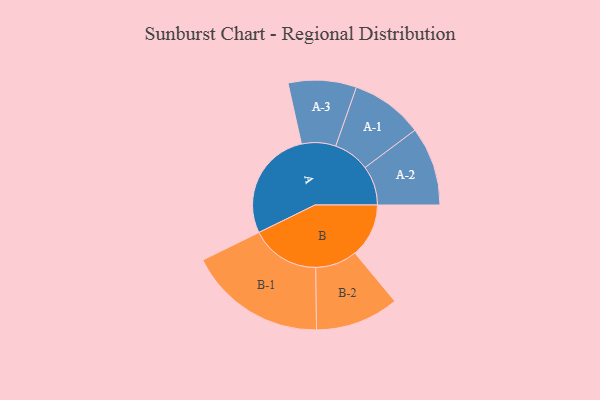
{"axis": {"x": "Segment", "y": "Value"}, "legend": ["", "A", "B"], "data": [{"x": "A", "y": 478, "type": ""}, {"x": "B", "y": 232, "type": ""}, {"x": "A-1", "y": 156, "type": "A"}, {"x": "A-2", "y": 170, "type": "A"}, {"x": "A-3", "y": 147, "type": "A"}, {"x": "B-1", "y": 298, "type": "B"}, {"x": "B-2", "y": 180, "type": "B"}]}